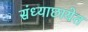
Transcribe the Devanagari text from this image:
संध्याछायेत